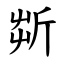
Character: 㪿